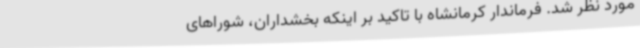
مورد نظر شد. فرماندار کرمانشاه با تاکید بر اینکه بخشداران، شوراهای